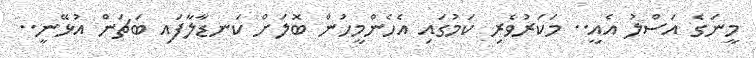
މީނަގެ އަސްލު އެއީ.. މަކަރުވެރި ކަމުގައި އެހެންމީހުން ބޮލަށް ކަނޑާލާފައި ބަޗަން އުޅޭނީ..